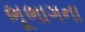
ભૂભાગના